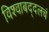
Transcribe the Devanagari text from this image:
विश्वाबद्दलचं